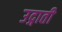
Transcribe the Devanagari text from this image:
उद्गाती